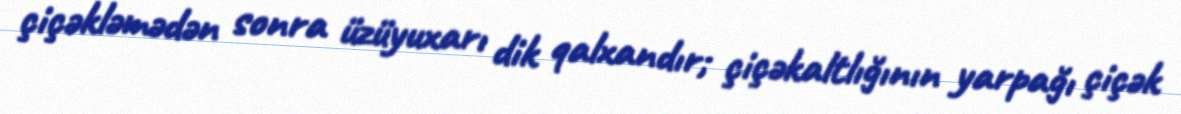
çiçəkləmədən sonra üzüyuxarı dik qalxandır; çiçəkaltlığının yarpağı çiçək